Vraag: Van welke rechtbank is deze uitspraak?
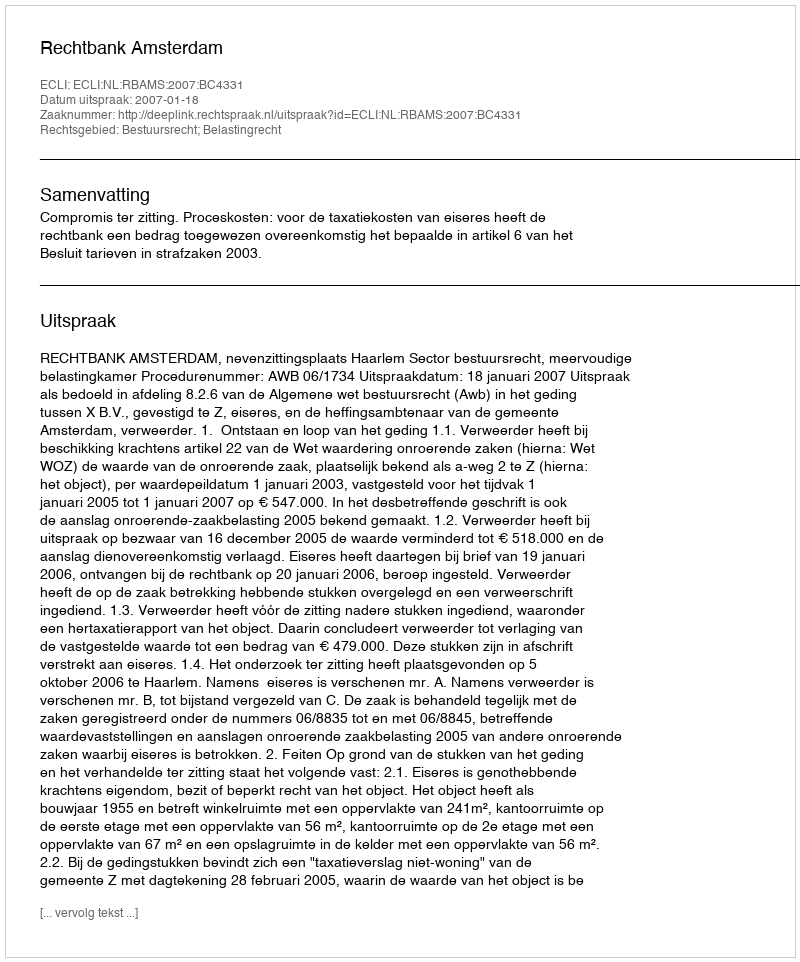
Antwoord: Rechtbank Amsterdam